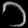
Digit: ၁